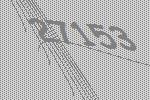
27153